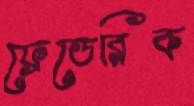
ফ্রেডেরিক